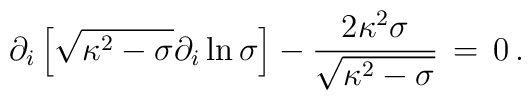
\partial_i \left[  \sqrt{\kappa^2 -  \sigma }   \partial_i \ln{\sigma   }  \right]   -{2  \kappa^2 \sigma  \over \sqrt{\kappa^2 -  \sigma} }  \, = \, 0\, .